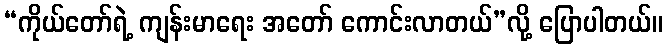
“ကိုယ်တော်ရဲ့ ကျန်းမာရေး အတော် ကောင်းလာတယ်”လို့ ပြောပါတယ်။